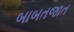
બાબતજાત